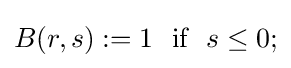
B(r,s):=1~~{\text{if}}~~s\leq 0;